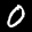
Label: 0